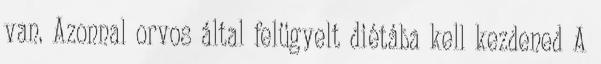
van. Azonnal orvos által felügyelt diétába kell kezdened A